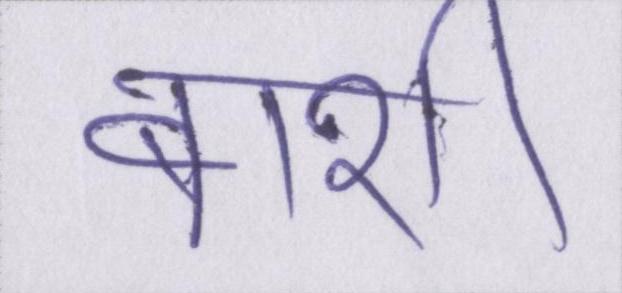
बाशी